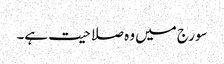
سورج میں وہ صلاحیت ہے۔